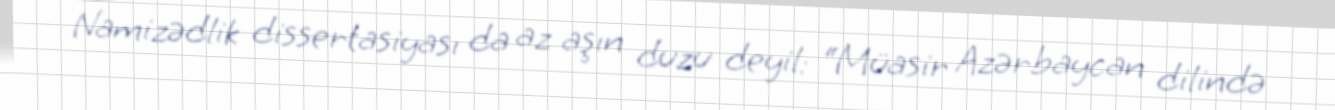
Namizədlik dissertasiyası da az aşın duzu deyil: “Müasir Azərbaycan dilində